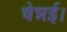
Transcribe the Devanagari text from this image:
चेन्नई।